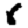
Digit: 6